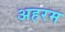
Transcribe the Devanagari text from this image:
अहरम